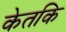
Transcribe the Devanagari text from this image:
केतकि